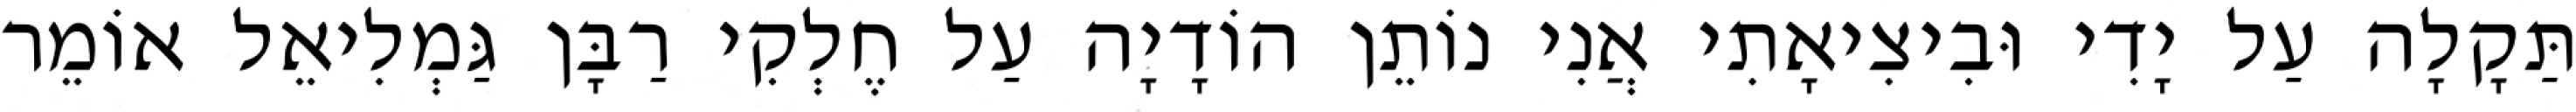
תַּקָלָה עַל יָדִי וּבִיצִיאָתִי אֲנִי נוֹתֵן הוֹדָיָה עַל חֶלְקִי רַבָּן גַּמְלִיאֵל אוֹמֵר